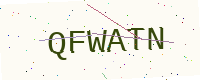
Text: QFWATN